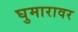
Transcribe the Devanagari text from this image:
घुमारावर